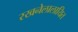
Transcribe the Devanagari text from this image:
रखनेलालायित